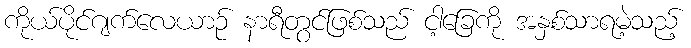
ကိုယ်ပိုင်ဂျက်လေယာဉ် နာရီတွင်ဖြစ်သည် ငါ့ခြေကို အနှစ်သာရမဲ့သည့်